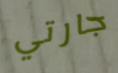
جارتي